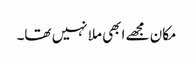
مکان مجھے ابھی ملا نہیں تھا۔